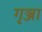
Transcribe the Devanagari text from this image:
गृञ्जा